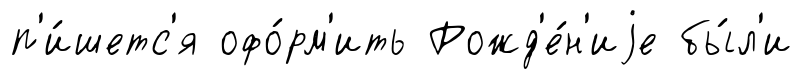
п'и́шетс'я офо́рм'ить Рожд'е́н'иjе бы́л'и